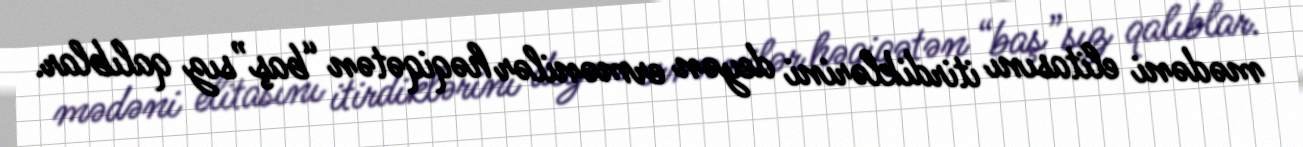
mədəni elitasını itirdiklərini deyən ermənilər həqiqətən “baş”sız qalıblar.